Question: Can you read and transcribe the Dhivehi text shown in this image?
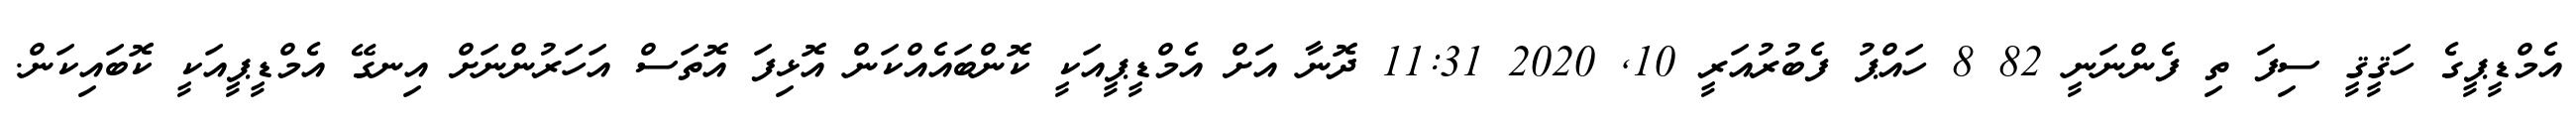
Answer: އެމްޑީޕީގެ ހަޤީޤީ ސިފަ ތި ފެންނަނީ 82 8 ހައްޕު ފެބުރުއަރީ 10, 2020 11:31 ދޮނާ އަށް އެމްޑީޕީއަކީ ކޮންބައެއްކަން އޮޅިފަ އޮތަސް އަހަރުންނަށް އިނގޭ އެމްޑީޕީއަކީ ކޮބައިކަން.